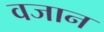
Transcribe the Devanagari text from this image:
वजान